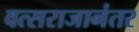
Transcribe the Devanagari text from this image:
वत्सराजानंतर